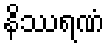
နိဿရဏံ